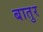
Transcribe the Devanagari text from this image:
बातुर